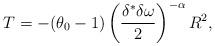
LaTeX: \begin{align*}T = -(\theta_0 -1)\left(\frac{\delta^{*}\delta\omega}{2}\right)^{-\alpha} R^2,\end{align*}